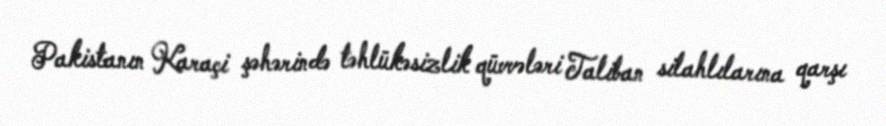
Pakistanın Karaçi şəhərində təhlükəsizlik qüvvələri Taliban silahlılarına qarşı